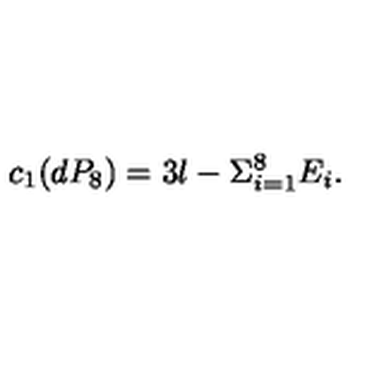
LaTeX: c _ { 1 } ( d P _ { 8 } ) = 3 l - \Sigma _ { i = 1 } ^ { 8 } E _ { i } .